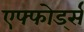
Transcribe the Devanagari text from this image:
एफ्फोर्ड्स